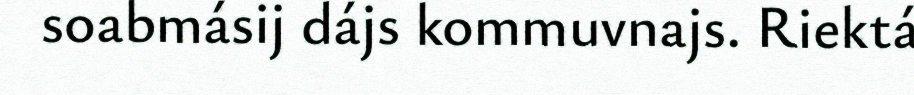
soabmásij dájs kommuvnajs. Riektá